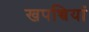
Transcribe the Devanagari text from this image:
खपच्चियां